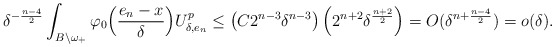
\begin{align*}\delta^{-\frac{n-4}{2}}\int_{{B}\backslash\omega_+}\varphi_0\Big(\frac{e_n-x}{\delta}\Big)U_{\delta,e_n}^p \leq \left(C2^{n-3}\delta^{n-3}\right)\left(2^{n+2} \delta^\frac{n+2}{2}\right)=O(\delta^{n+\frac{n-4}{2}})=o(\delta).\end{align*}